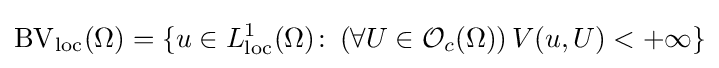
\operatorname {BV} _{\text{loc}}(\Omega )=\{u\in L_{\text{loc}}^{1}(\Omega )\colon \,(\forall U\in {\mathcal {O}}_{c}(\Omega ))\,V(u,U)<+\infty \}